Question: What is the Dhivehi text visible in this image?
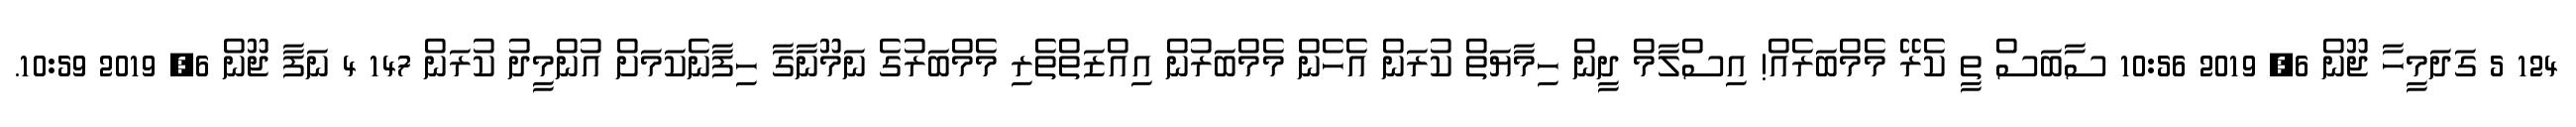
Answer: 124 5 ގަދަމީހާ ޖޫން 6, 2019 10:56 ސާބަސް ތީ ކެރޭ މެމްބަރެއް! އިސްލާމް ދީން ހިމާޔަތް ކުރަން އެހެން މެމްބަރުން އިއްޒަތްތެރި މެމްބަރުގެ ނަމޫނާގާ ހިފާނެކަމަށް އުންމީދު ކުރަން 147 4 ނަފާ ޖޫން 6, 2019 10:59.